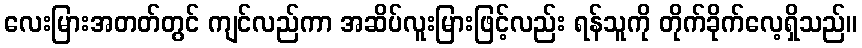
လေးမြားအတတ်တွင် ကျင်လည်ကာ အဆိပ်လူးမြားဖြင့်လည်း ရန်သူကို တိုက်ခိုက်လေ့ရှိသည်။